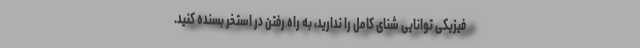
فیزیکی توانایی شنای کامل را ندارید، به راه رفتن در استخر بسنده کنید.